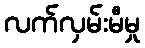
လက်လှမ်းမီမှု